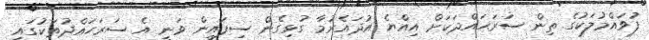
ފުވައްމުލަކުގެ ތިން ސަރަޙައްދަކަށް އިއްޔެ އުދައެރުމާ ގުޅިގެން ސިފައިން ވަނީ އެ ސަރަހައްދުތަކުގައި